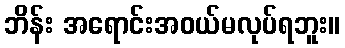
ဘိန်း အရောင်းအဝယ်မလုပ်ရဘူး။